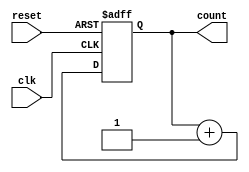
module BinaryCounter(
    input clk, // Clock input
    input reset, // Reset signal input
    output reg[3:0] count // 4-bit count output
);

// Sequential logic for binary counter
always @(posedge clk or posedge reset) begin
    if(reset) begin
        count <= 4'b0000; // Reset count value to 0
    end
    else begin
        count <= count + 1; // Increment count value by 1
    end
end

endmodule